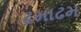
ઢમાઢમ